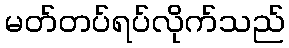
မတ်တပ်ရပ်လိုက်သည်